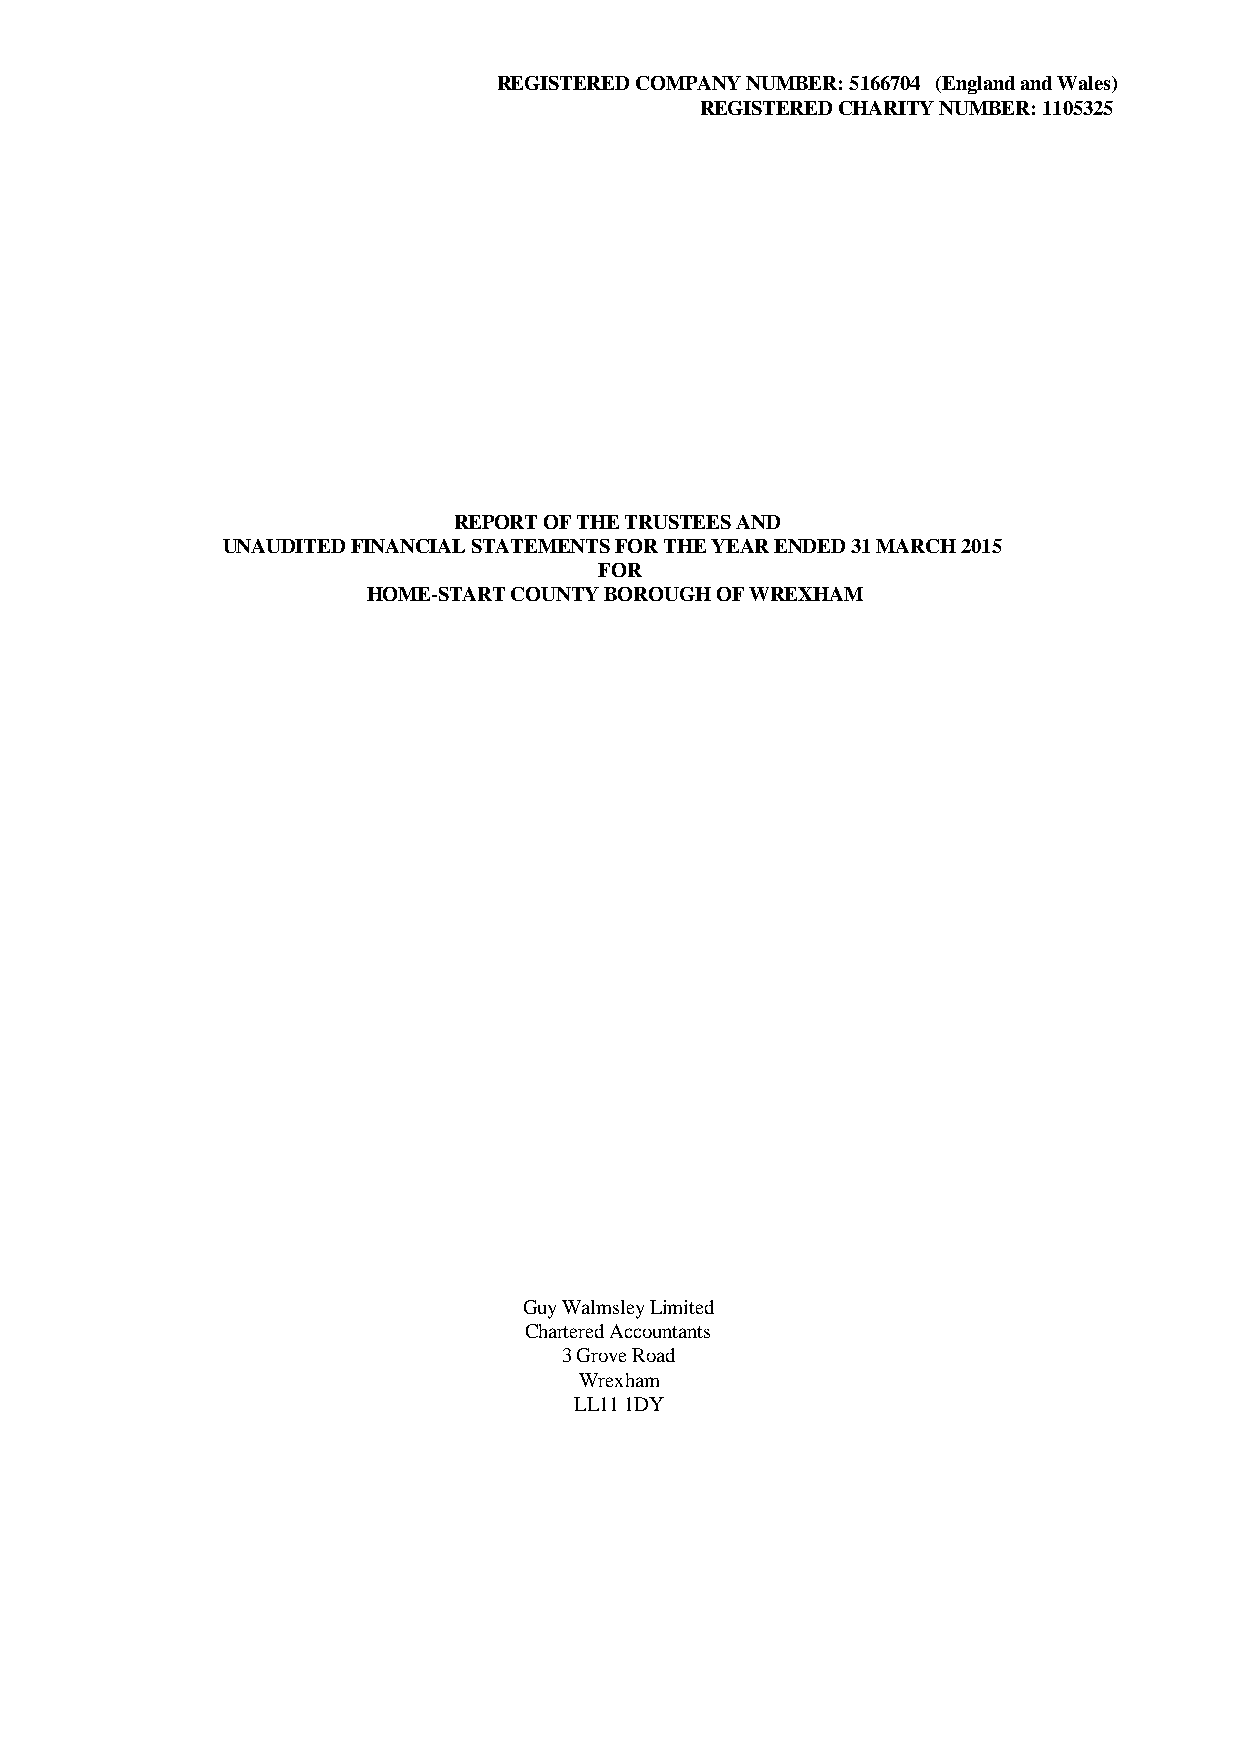
REGISTERED COMPANY NUMBER: 5166704 (England and Wales)
 REGISTERED CHARITY NUMBER: 1105325
 REPORT OF THE TRUSTEES AND
 UNAUDITED FINANCIAL STATEMENTS FOR THE YEAR ENDED 31 MARCH 2015
 FOR
 HOME-START COUNTY BOROUGH OF WREXHAM
 Guy Walmsley Limited
 Chartered Accountants
 3 Grove Road
 Wrexham
 LL11 1DY